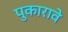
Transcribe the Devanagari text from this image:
पुकारावे